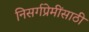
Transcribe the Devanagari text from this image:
निसर्गप्रेमींसाठी